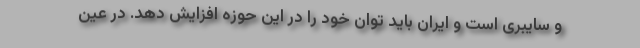
و سایبری است و ایران باید توان خود را در این حوزه افزایش دهد. در عین